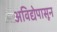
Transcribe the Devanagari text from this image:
अविद्येपासून